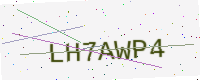
Text: LH7AWP4